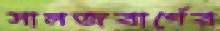
সালজবার্গের